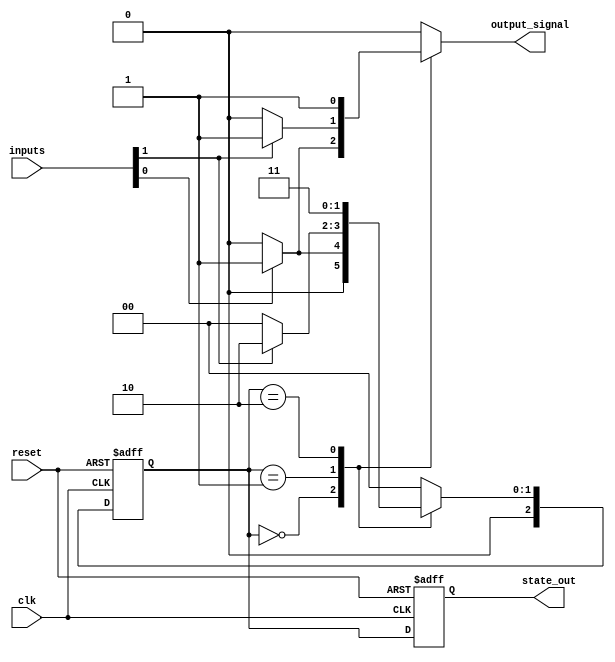
module N_bit_Mealy_FSM #(
    parameter N = 3,               // Number of bits for state representation
    parameter M = 2                // Number of inputs
)(
    input wire clk,                // Clock signal
    input wire reset,              // Asynchronous reset signal
    input wire [M-1:0] inputs,     // Input signals
    output reg [N-1:0] state_out,  // Current state output
    output reg output_signal        // Output signal based on current state and inputs
);

    // State encoding
    localparam S0 = 3'b000;
    localparam S1 = 3'b001;
    localparam S2 = 3'b010;
    localparam S3 = 3'b011;
    // Add more states as needed

    // State register
    reg [N-1:0] current_state, next_state;

    // State transition logic
    always @(*) begin
        case (current_state)
            S0: begin
                if (inputs[0]) begin
                    next_state = S1;
                    output_signal = 1'b1; // Output for S0
                end else begin
                    next_state = S0;
                    output_signal = 1'b0;
                end
            end
            S1: begin
                if (inputs[1]) begin
                    next_state = S2;
                    output_signal = 1'b1; // Output for S1
                end else begin
                    next_state = S0;
                    output_signal = 1'b0;
                end
            end
            S2: begin
                next_state = S3; // Example transition
                output_signal = 1'b1; // Output for S2
            end
            S3: begin
                next_state = S0; // Example transition
                output_signal = 1'b0; // Output for S3
            end
            default: begin
                next_state = S0;
                output_signal = 1'b0;
            end
        endcase
    end

    // State update logic
    always @(posedge clk or posedge reset) begin
        if (reset) begin
            current_state <= S0; // Reset to initial state
            state_out <= S0;     // Reset output state
        end else begin
            current_state <= next_state; // Update state on clock edge
            state_out <= current_state;   // Update output state
        end
    end

endmodule